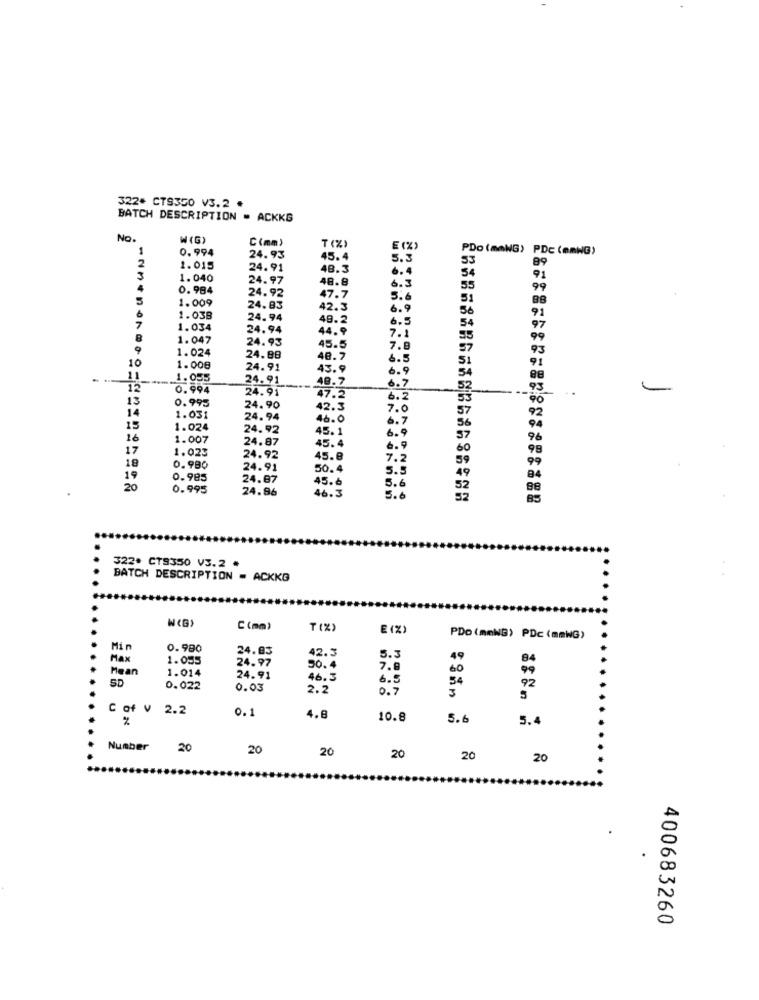
322+ CT9350 V3.2 .
BATCH DESCRIPTION = ACKKG
No.
W (G)
C(mm)
T (%)
0.994
E (%)
PDo (mmNG) PDC (mmHG)
2
24.93
45.4
5.3
53
89
1.015
24.91
48.3
6.4
54
91
3
1.040
24.97
48.8
4
0. 984
6.3
55
99
1.009
24.92
47.7
5.6
51
24.83
42.3
6.9
56
1.038
24.94
48.2
6.5
1.034
24.94
44.9
7.1
54
8
1.047
24.93
55
9
1.024
45.5
7.8
57
93
10
24.88
48.7
6.5
1.000
24.91
43.9
6.9
54
11
1.055
24. 91
48.7
0.994
24.91
6.7
13
0.995
47.2
6.2
14
24.90
$2.3
7.0
1.031
24.94
46.0
15
1.024
24.92
45.1
16
1.007
24.87
45.4
6 .9
17
1.023
6.9
24.92
45.8
7.2
18
0.990
24.91
50.4
5.5
19
0.985
24.87
45.6
20
0.995
24.86
46.3
5.6
5.6
322. CT9350 V3.2 .
BATCH DESCRIPTION = ACKKG
N (G)
C(mm)
T (%)
E (%)
PDo (mmNG) PDc (mmNG)
0.980
24.83
Max
1.055
24.97
42.3
5.3
49
Mean
1.014
50.4
7.8
60
24.91
46.3
6.5
54
92
SD
0.022
0.03
2.2
0.7
C of V
2.2
0.1
4.8
10.8
5.6
5.4
Number
20
20
20
20
20
20
400683260